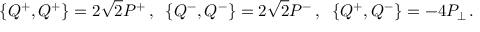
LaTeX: \{ Q ^ { + } , Q ^ { + } \} = 2 \sqrt { 2 } P ^ { + } \, , \; \; \{ Q ^ { - } , Q ^ { - } \} = 2 \sqrt { 2 } P ^ { - } \, , \; \; \{ Q ^ { + } , Q ^ { - } \} = - 4 P _ { \perp } \, .